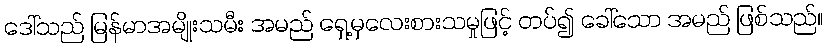
ဒေါ်သည် မြန်မာအမျိုးသမီး အမည် ရှေ့မှလေးစားသမှုဖြင့် တပ်၍ ခေါ်သော အမည် ဖြစ်သည်။